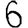
Digit: 6